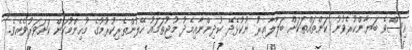
އިސްވެ ބަޔާންކުރެވުނު ކަންތައްތަކަށް ބަލާލާއިރު ނުކުޅެދޭ ކުދިންނާއިމެދު މުޖުތަމައު ހޭލުންތެރިކުރުމުގެ މުހިންމުކަން ކަށަވަރުވެއެވެ.